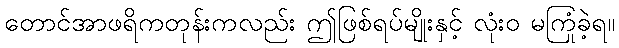
တောင်အာဖရိကတုန်းကလည်း ဤဖြစ်ရပ်မျိုးနှင့် လုံးဝ မကြုံခဲ့ရ။